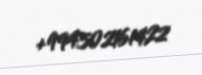
+994502161422